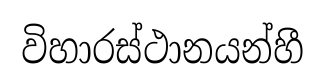
විහාරස්ථානයන්හී